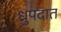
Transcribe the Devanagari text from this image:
ध्रुपदात